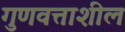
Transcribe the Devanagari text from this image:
गुणवत्ताशील